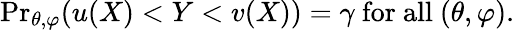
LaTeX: {\operatorname*{Pr}}_{\theta,\varphi}(u(X)<Y<v(X))=\gamma{\mathrm{~for~all~}}(\theta,\varphi).